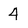
Character: 4